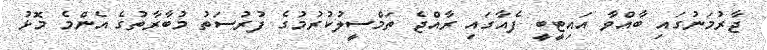
ޖާރުމަނުގައި ބާއްވާ އައިޓީބީ ފެއާގައި ރާއްޖެ ތަމްސީލުކުރުމުގެ ފުރުސަތު މުބާރާތުގެ އެންމެ މޮޅު